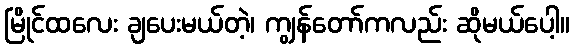
မြိုင်ထလေး ချပေးမယ်တဲ့၊ ကျွန်တော်ကလည်း ဆိုမယ်ပေါ့။